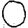
Digit: 0